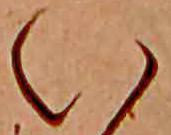
い